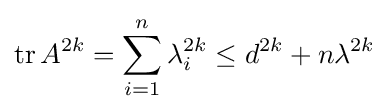
\operatorname {tr} A^{2k}=\sum _{i=1}^{n}\lambda _{i}^{2k}\leq d^{2k}+n\lambda ^{2k}